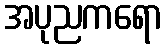
အပုညကရော